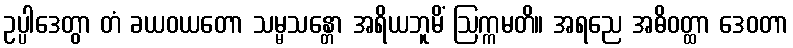
ဥပ္ပါဒေတွာ တံ ခယဝယတော သမ္မသန္တော အရိယဘူမိံ ဩက္ကမတိ။ အရညေ အဓိဝတ္ထာ ဒေဝတာ